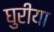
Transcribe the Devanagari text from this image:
घुरीया